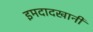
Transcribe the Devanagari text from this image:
इमदादखानी